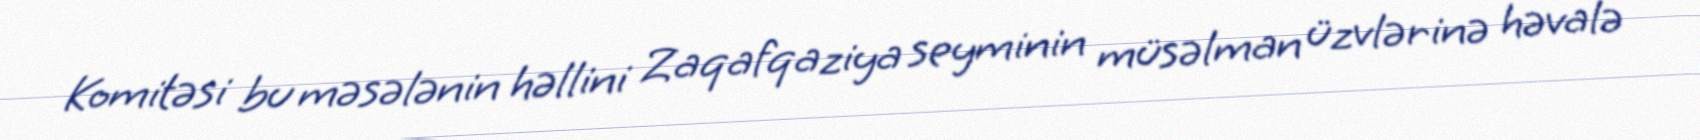
Komitəsi bu məsələnin həllini Zaqafqaziya seyminin müsəlman üzvlərinə həvalə